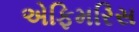
એફિમરિસ